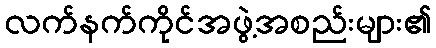
လက်နက်ကိုင်အဖွဲ့အစည်းများ၏